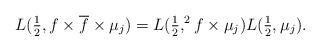
LaTeX: \begin{align*} L(\tfrac{1}{2}, f \times \overline{f} \times \mu_j) = L(\tfrac{1}{2}, ^2 f \times \mu_j) L(\tfrac{1}{2}, \mu_j). \end{align*}